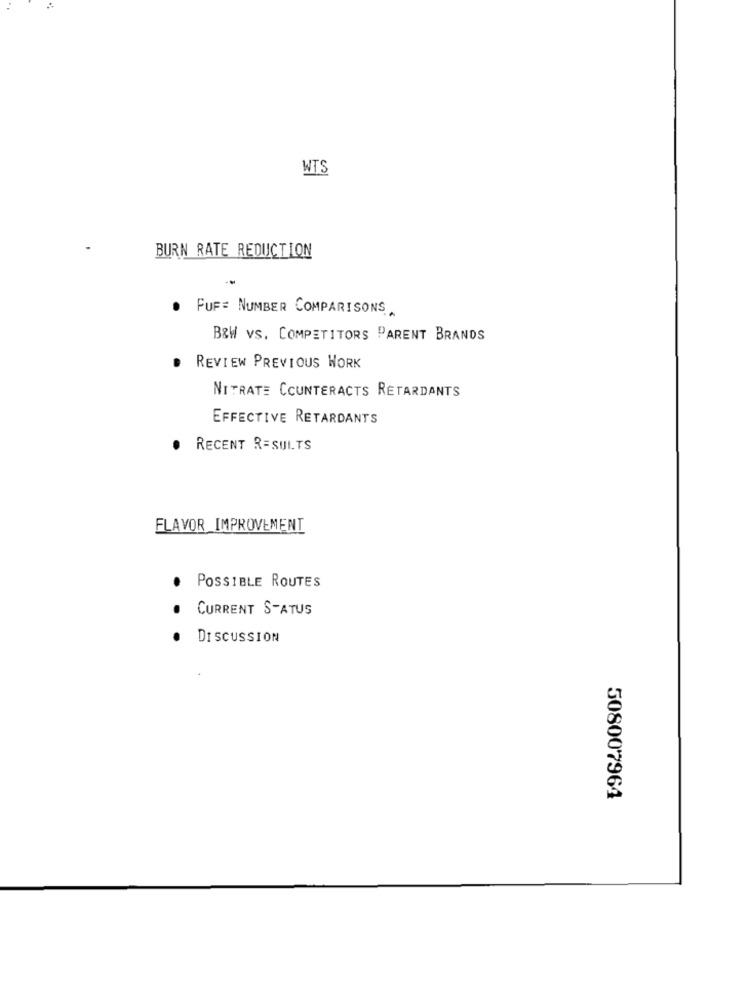
WTS
BURN RATE REDUCTION
. FUF= NUMBER COMPARISONS,
B&W VS. COMPETITORS PARENT BRANDS
REVIEW PREVIOUS WORK
NITRATE CCUNTERACTS RETARDANTS
EFFECTIVE RETARDANTS
RECENT RESULTS
FLAVOR IMPROVEMENT
POSSIBLE ROUTES
CURRENT STATUS
DISCUSSION
508007964